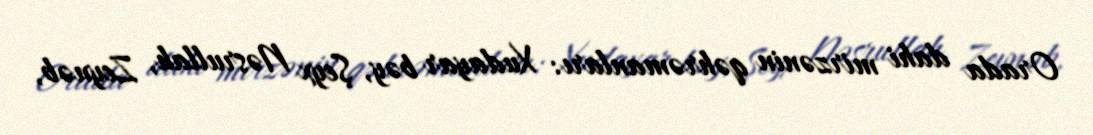
Orada dahi mirzənin qəhrəmanları: Xudayar bəy, Şeyx Nəsrullah, Zeynəb,